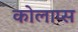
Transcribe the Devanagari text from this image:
कोलाप्स